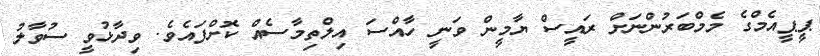
ޕީޕީއެމްގެ މެމްބަރުންނަށް ރައީސް ޔާމީން ވަނީ ހާއްސަ އިލްތިމާސެއް ކޮށްފައެވެ. ވިދާޅުވީ ސުވާލު